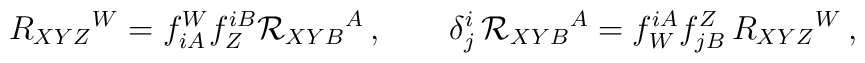
R_{XYZ}{}^W=f_{iA}^Wf^{iB}_Z{\cal R}_{XYB} {}^A \,,\qquad\delta_j^i\,{\cal R}_{XYB}{}^A = f^{iA}_W f^Z_{jB}\,R_{XYZ}{}^W\,,